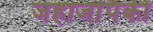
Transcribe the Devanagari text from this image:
जहाजांपैकी